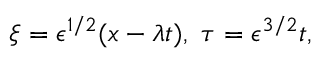
\xi = \epsilon ^ { 1 / 2 } ( x - \lambda t ) , ~ \tau = \epsilon ^ { 3 / 2 } t ,